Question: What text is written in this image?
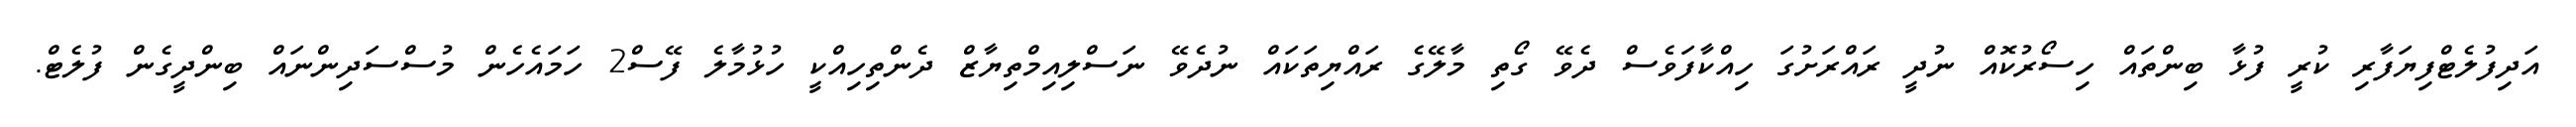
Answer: އަދިފުލެޓްފިޔަފާރި ކުރީ ފުޅާ ބިންތައް ހިސޯރުކޮއް ނުދީ ރައްރަށުގަ ހިއްކާފަވެސް ދެވޭ ގޯތި މާލޭގެ ރައްޔިތަކައް ނުދެވޭ ނަސްލިއިމްތިޔާޒް ދެންތިހިއްކީ ހުޅުމާލެ ފޭސް2 ހަމައެހެން މުސްސަދިންނައް ބިންދީގެން ފުލެޓް.